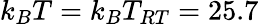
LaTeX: k_{B}T=k_{B}T_{RT}=25.7